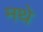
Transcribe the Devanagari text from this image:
मथे